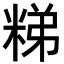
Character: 𥺀